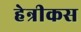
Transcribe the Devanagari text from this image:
हेन्रीकस